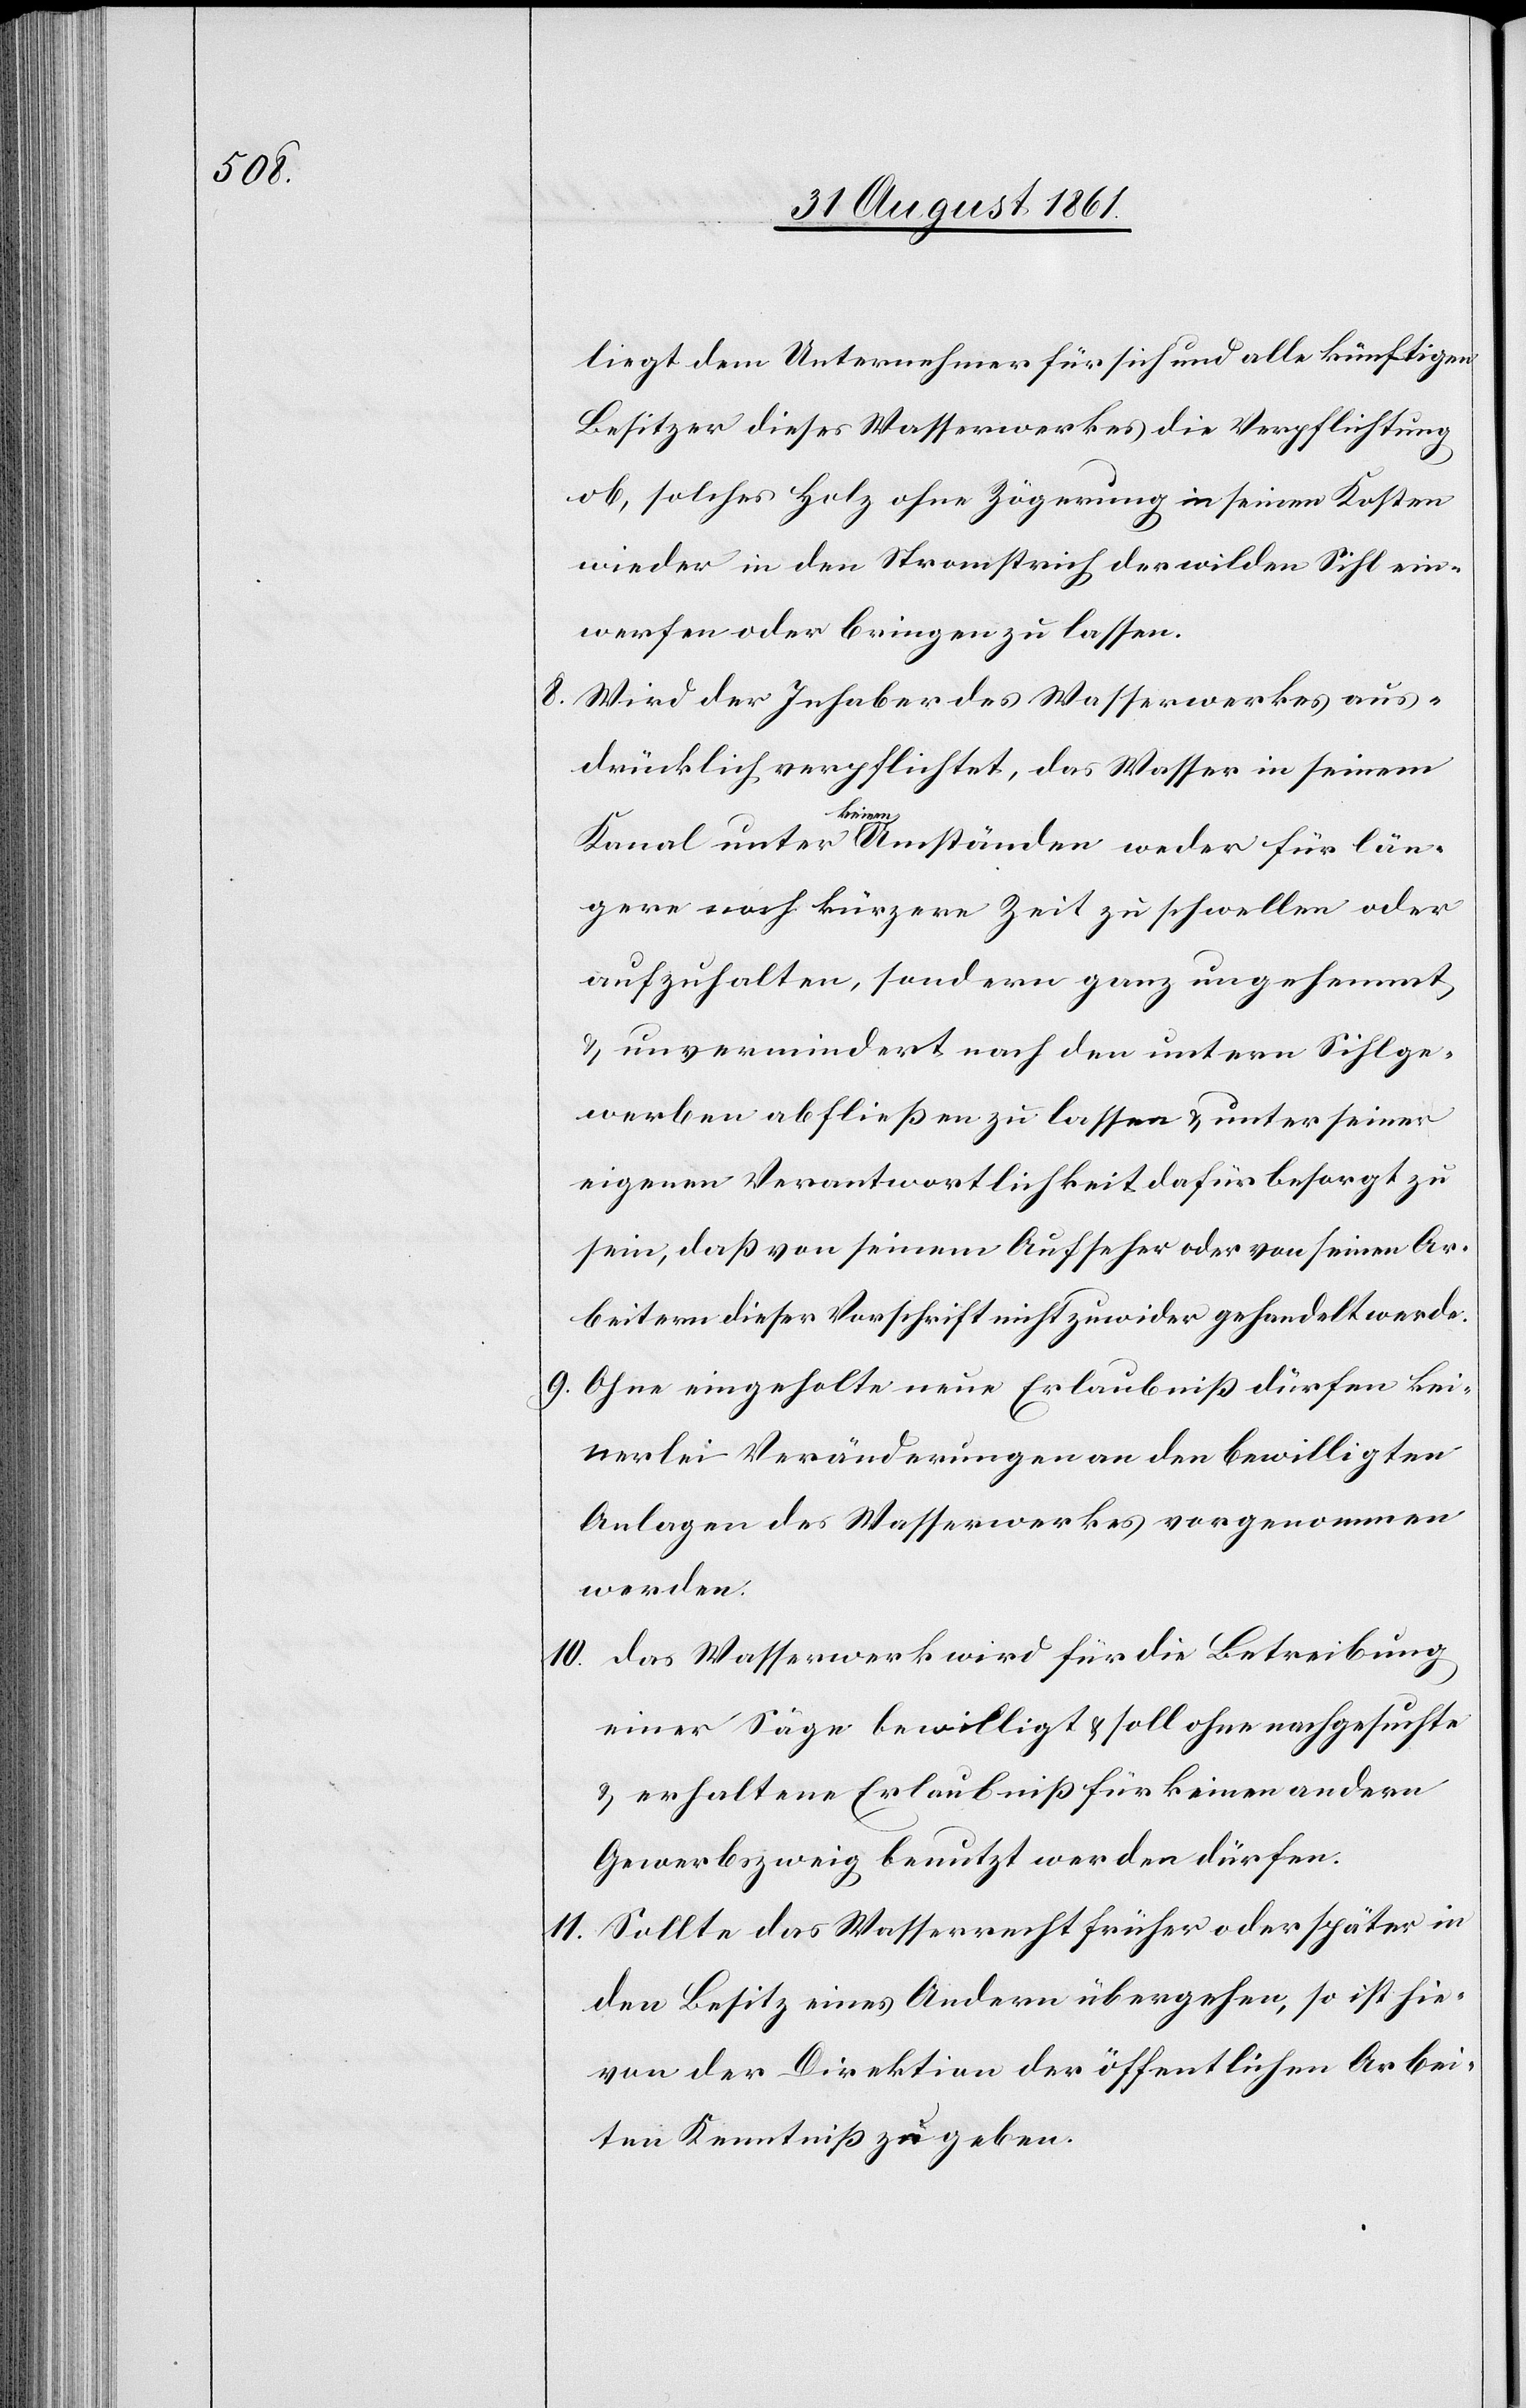
liegt dem Unternehmer für sich und alle künftigen
Besitzer dieses Wasserwerkes die Verpflichtung
ob, solches Holz ohne Zögerung in seinen Kosten
wieder in den Stromstrich der wilden Sihl ein¬
werfen oder bringen zu lassen.
8. Wird der Inhaber des Wasserrades aus¬
drücklich verpflichtet, das Wasser in seinem
Kanal unter keinen Umständen weder für die län¬
gere noch kürzere Zeit zu schwellen oder
aufzuhalten, sondern ganz ungehemmt
u. unvermindert nach den untern Sihlge¬
werben abfließen zu lassen u. unter seiner
eigenen Verantwortlichkeit dafür besorgt zu
sein, daß von seinem Aufseher oder von seinen Ar¬
beitern dieser Vorschrift nicht zuwider gehandelt werde.
9. Ohne eingeholte neue Erlaubniß dürfen kei¬
nerlei Veränderungen an den bewilligten
Anlagen des Wasserwerkes vorgenommen
werden.
10. das Wasserwerk wird für die Betreibung
einer Säge bewilligt u. soll ohne nachgesuchte
u. erhaltene Erlaubniß für keinen andern
Gewerbszweig benutzt werden dürfen.
11. Sollte das Wasserrecht früher oder später in
den Besitz eines Andern übergehen, so ist hie¬
von der Direktion der öffentlichen Arbei¬
ten Kenntniß zu geben.